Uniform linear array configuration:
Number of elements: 8
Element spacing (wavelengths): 0.25
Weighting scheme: hamming
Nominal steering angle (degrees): -15
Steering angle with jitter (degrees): -15.184
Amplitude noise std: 0.05
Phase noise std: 0.05

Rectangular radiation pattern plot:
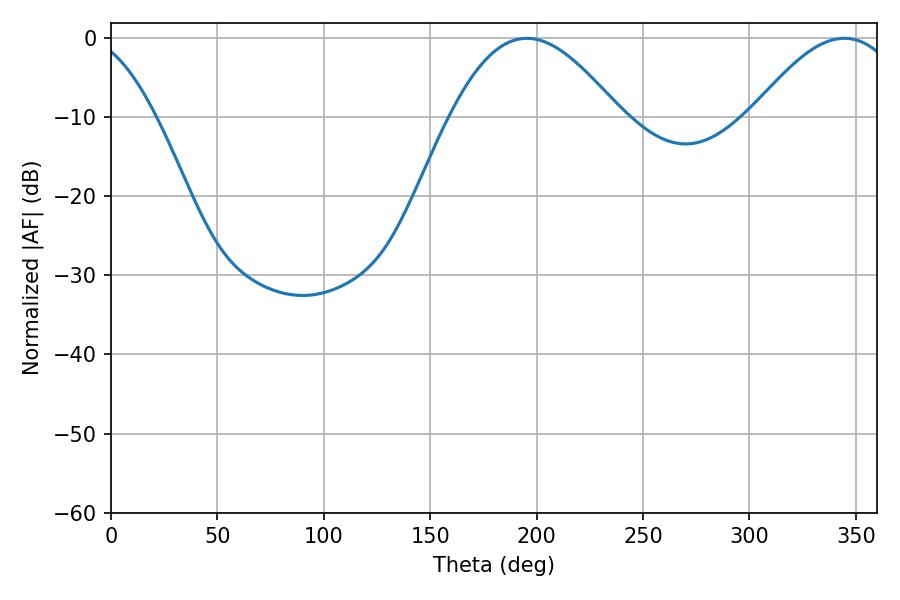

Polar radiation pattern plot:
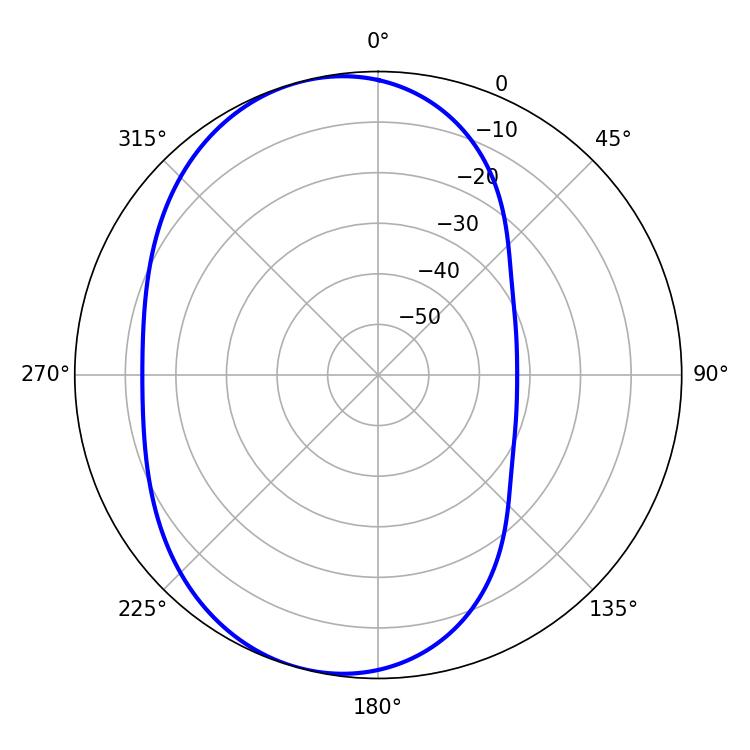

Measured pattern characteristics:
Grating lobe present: FALSE
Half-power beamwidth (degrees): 43.02
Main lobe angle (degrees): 195.48